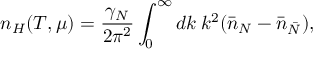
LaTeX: n _ { H } ( T , \mu ) = \frac { \gamma _ { N } } { 2 \pi ^ { 2 } } \int _ { 0 } ^ { \infty } d k \: k ^ { 2 } ( \bar { n } _ { N } - \bar { n } _ { \bar { N } } ) ,